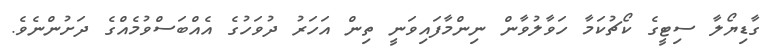
ގާޑިޔޯލާ ސިޓީގެ ކޯޗުކަމާ ހަވާލުވާން ނިންމާފައިވަނީ ތިން އަހަރު ދުވަހުގެ އެއްބަސްވުމެއްގެ ދަށުންނެވެ.